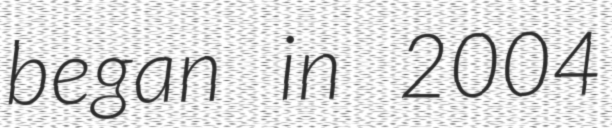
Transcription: began in 2004